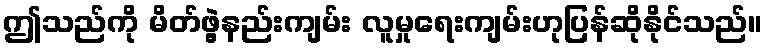
ဤသည်ကို မိတ်ဖွဲ့နည်းကျမ်း လူမှုရေးကျမ်းဟုပြန်ဆိုနိုင်သည်။